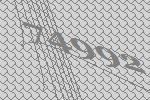
74992